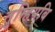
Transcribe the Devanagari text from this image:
तुम्हियबि